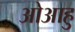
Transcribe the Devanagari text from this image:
ओआहु